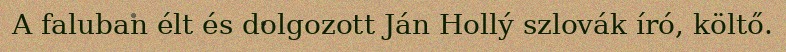
A faluban élt és dolgozott Ján Hollý szlovák író, költő.